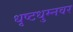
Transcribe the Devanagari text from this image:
धृष्टधुम्नवर